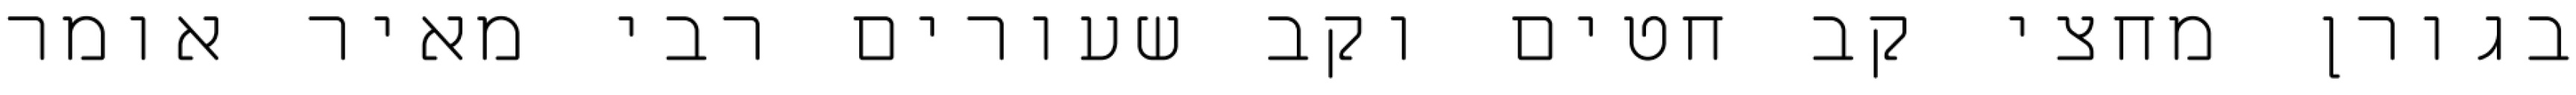
בגורן מחצי קב חטים וקב שעורים רבי מאיר אומר